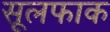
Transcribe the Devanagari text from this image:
सूलफाक